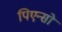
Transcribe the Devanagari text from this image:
पिएन्सो